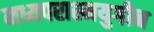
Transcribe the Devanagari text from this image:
मध्यपराश्मयुगीन